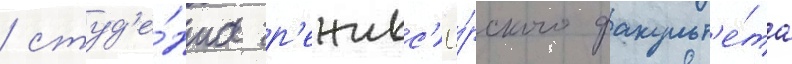
/ студ'е́нта р'ежисс'ё́рского факульт'е́та